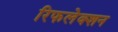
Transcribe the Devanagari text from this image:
रिफलेक्शन